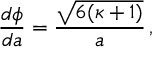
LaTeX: { \frac { d \phi } { d a } } = { \frac { \sqrt { 6 ( \kappa + 1 ) } } { a } } \, ,